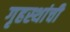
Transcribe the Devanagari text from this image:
गृहस्थांची